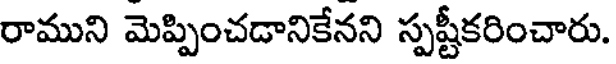
రాముని మెప్పించడానికేనని స్పష్టీకరించారు.